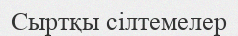
Cыртқы сілтемелер